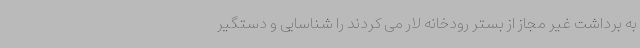
به برداشت غیر مجاز از بستر رودخانه لار می کردند را شناسایی و دستگیر